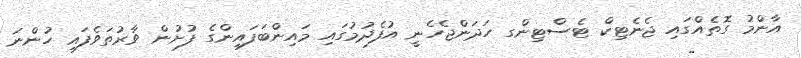
އާންމު ގޮތެއްގައި ޖެނެޓިކް ޓެސްޓިންގ ހަދަންޖެހެނީ އުފެދުމުގައި މައިންބަފައިންގެ ފުށުން ވާރުތަވެފައި ހުންނަ